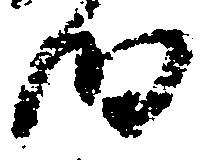
細